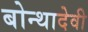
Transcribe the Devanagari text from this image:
बोन्थादेवी